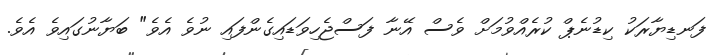
ފަނޑިޔާރަކު ކިޑުނެޕް ކުރެއްވުމަށް ވެސް އޭނާ ފަސްޖެހިވަޑައިގެންފައި ނުވެ އެވެ" ބަޔާނުގައިވެ އެވެ.